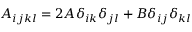
\begin{array} { r } { A _ { i j k l } = 2 A \delta _ { i k } \delta _ { j l } + B \delta _ { i j } \delta _ { k l } } \end{array}